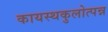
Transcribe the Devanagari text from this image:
कायस्थकुलोत्पन्न